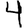
Digit: 4